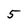
Character: 5